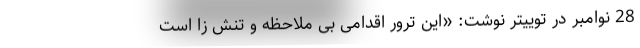
28 نوامبر در توییتر نوشت: «این ترور اقدامی بی ملاحظه و تنش زا است